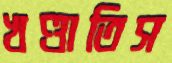
খণ্ডাতিস